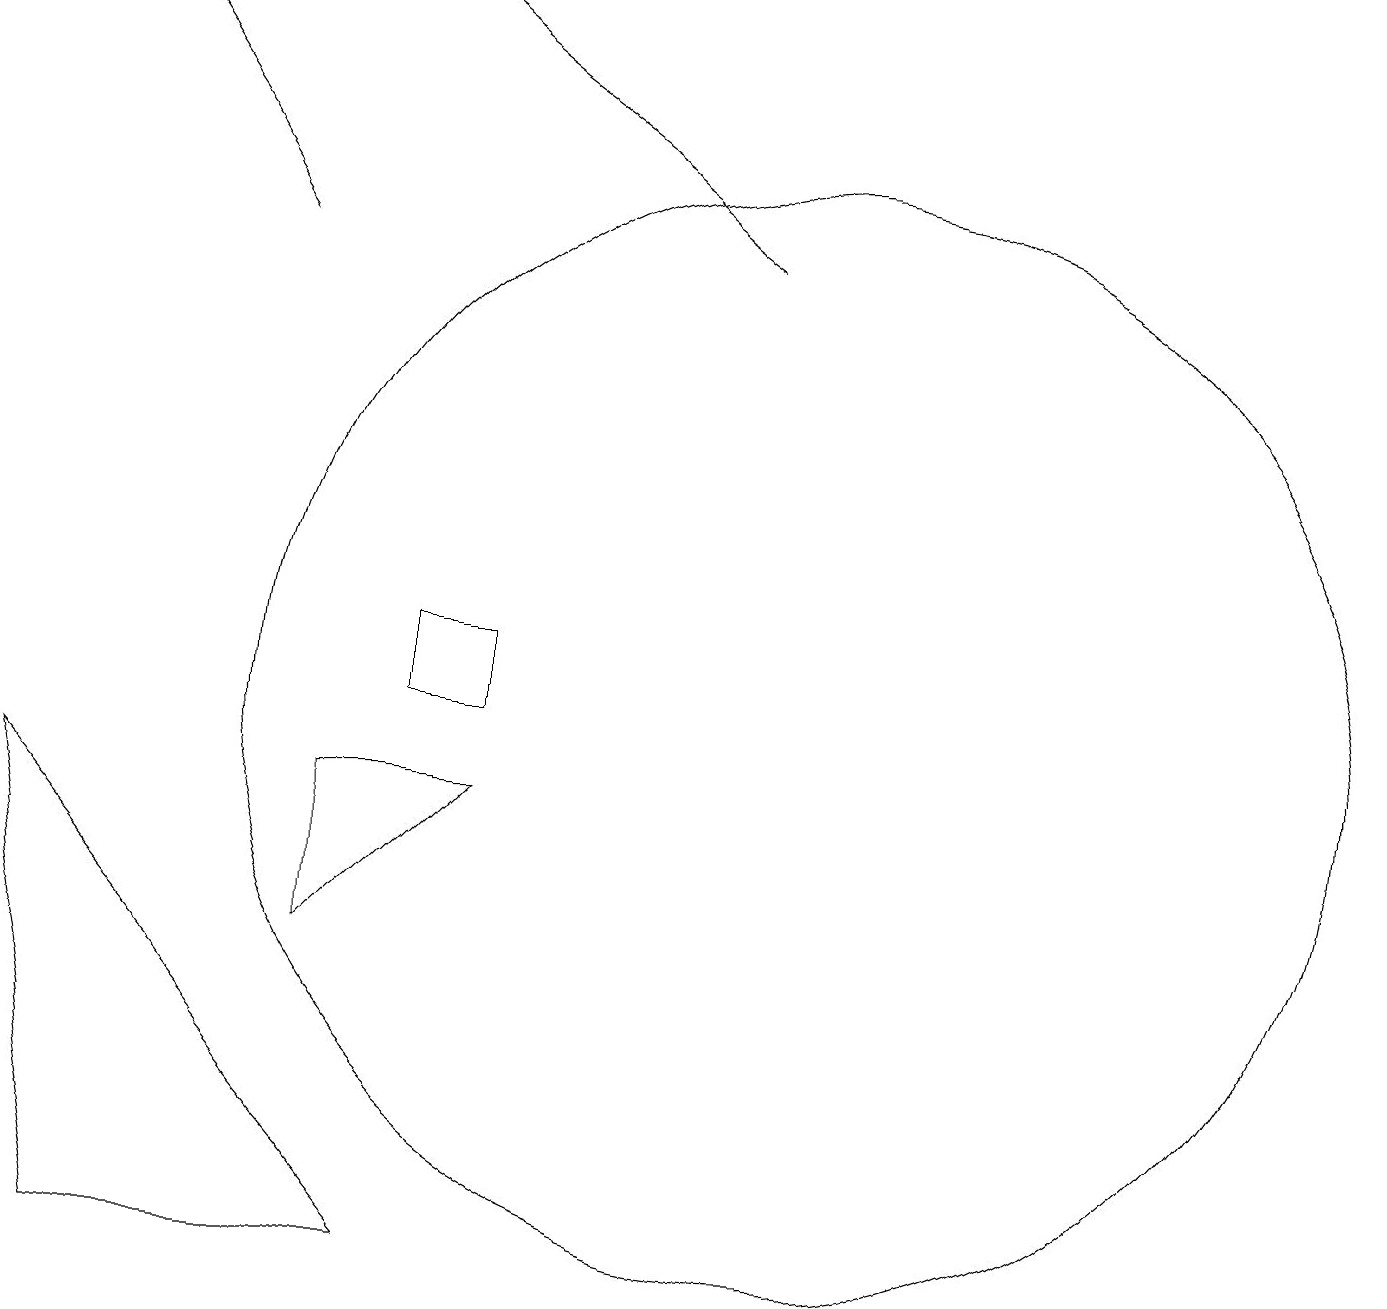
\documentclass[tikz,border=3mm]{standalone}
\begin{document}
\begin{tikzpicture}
\draw (10,10) circle (7);
\draw (5,10) rectangle (6,11);
\draw[->] (3,16) -- (1,19);
\draw[->] (9,16) -- (5,19);
\draw (0,9) -- (5,3) -- (1,3) -- cycle;
\draw (4,7) -- (6,9) -- (4,9) -- cycle;
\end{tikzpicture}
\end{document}